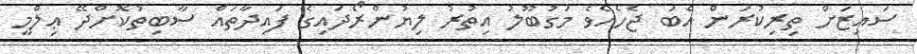
ސައިޒަށް ތިރިކުރަން އެބަ ޖެހެއެވެ މަގުބޫލު އިތުރު ލިޔުންރޯދައިގެ ފައިދާތައް ސާބިތުކޮށްދޭ ޢިލްމީ